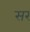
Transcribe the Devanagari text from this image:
सर